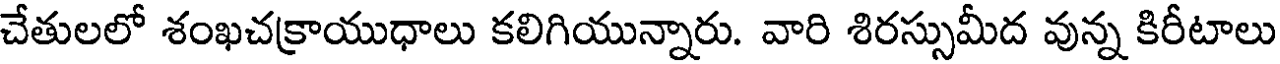
చేతులలో శంఖచక్రాయుధాలు కలిగియున్నారు. వారి శిరస్సుమీద వున్న కిరీటాలు